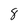
Character: 8